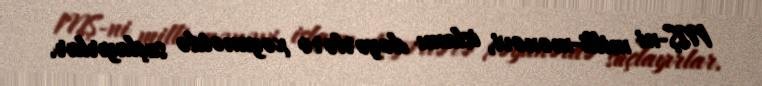
MŞ-ni milli-mənəvi, islamı dəyərlərə xəyanətdə suçlayırlar.